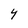
Character: Y